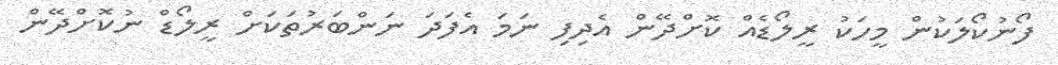
ފޯނުކޯލަކުން މީހަކު ރީލޯޑެއް ކޮށްދޭން އެދިފި ނަމަ އެފަދަ ނަންބަރުތަކަށް ރީލޯޑް ނުކޮށްދޭން